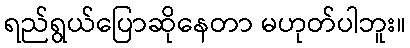
ရည်ရွယ်ပြောဆိုနေတာ မဟုတ်ပါဘူး။